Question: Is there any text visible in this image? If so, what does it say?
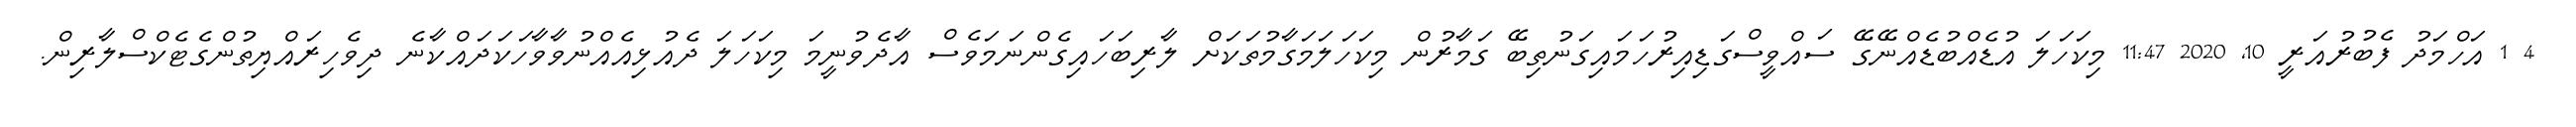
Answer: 4 1 އަހްމަދު ފެބުރުއަރީ 10, 2020 11:47 މިކަހަލަ އުޑެއްބުޑެއްނޭގޭ ސައްވީސްގަޑިއިރުހަމައިގަނުތިބޭ ގަމާރުން މިކަހަލަމަގާމުތަކަށް ލާރިބަހައިގެންނަމަވެސް އާދެވުނީމަ މިކަހަލަ ދެއުޅިއެއްނުވާވާހަކަދައްކާނެ ދިވެހިރައްޔިތުންގެޓެކްސްލާރިން.